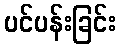
ပင်ပန်းခြင်း